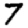
Digit: 7